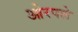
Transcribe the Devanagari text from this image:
ओरपले